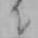
ニ